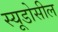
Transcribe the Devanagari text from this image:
स्यूडोसील